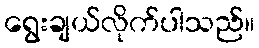
ရွေးချယ်လိုက်ပါသည်။